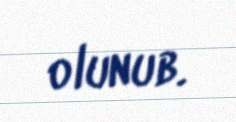
olunub.